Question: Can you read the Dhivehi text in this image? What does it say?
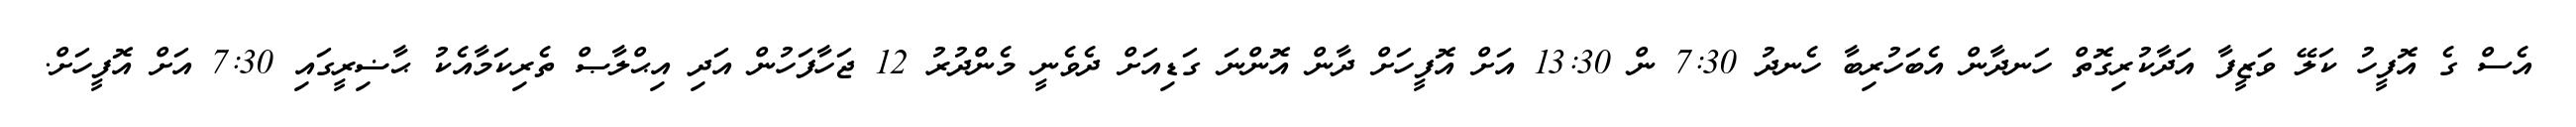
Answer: އެސް ގެ އޮފީހު ކަލޭ ވަޒީފާ އަދާކުރިގޮތް ހަނދާން އެބަހުރިބާ ހެނދު 7:30 ން 13:30 އަށް އޮފީހަށް ދާން އޮންނަ ގަޑިއަށް ދެވެނީ މެންދުރު 12 ޖަހާފަހުން އަދި އިޙްލާޞް ތެރިކަމާއެކު ޙާޟިރީގައި 7:30 އަށް އޮފީހަށް.